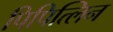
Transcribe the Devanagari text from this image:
पिपित्लिन